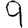
Digit: 9